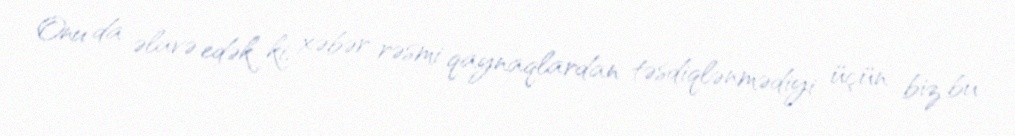
Onu da əlavə edək ki, xəbər rəsmi qaynaqlardan təsdiqlənmədiyi üçün biz bu